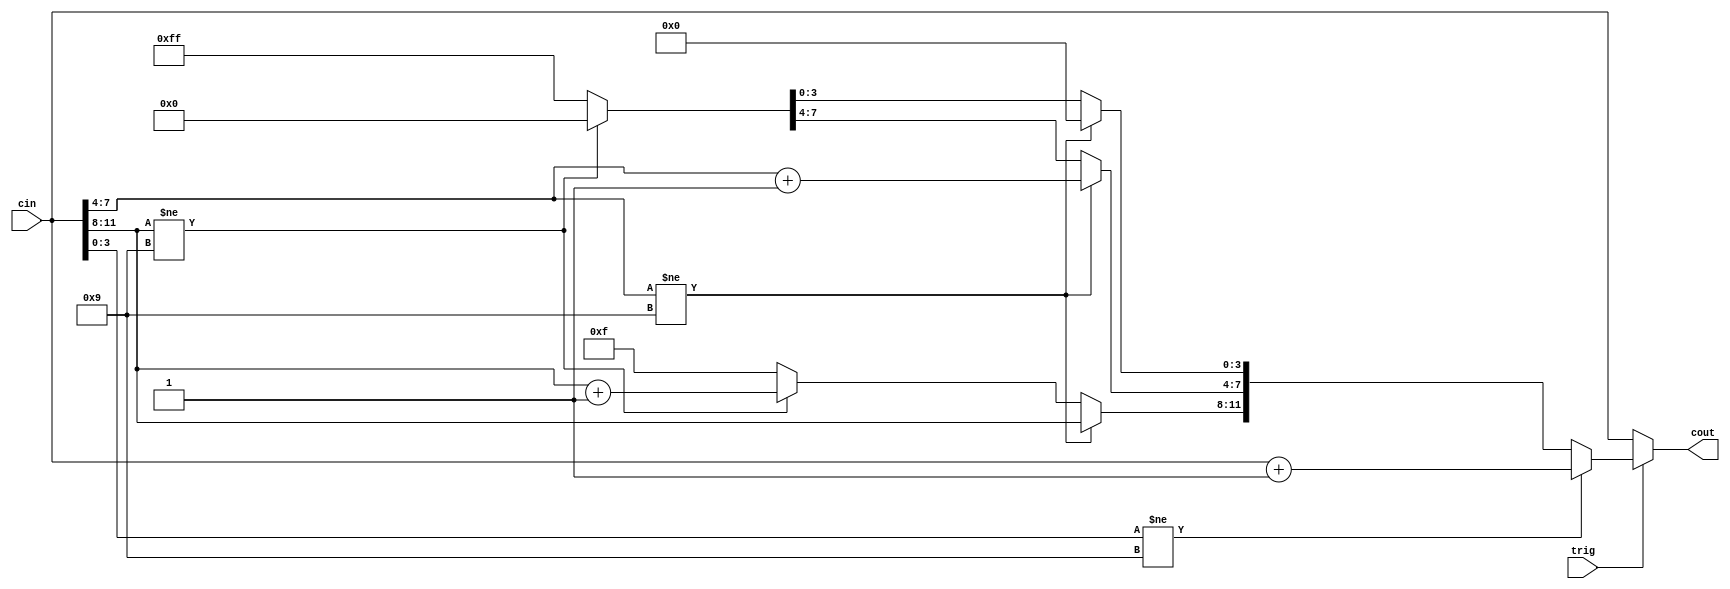
module BCD_adder(
    input trig,
    input [11:0] cin,
    output reg [11:0] cout
);
always @(*) begin
    if (!trig)
        cout = cin;
    else begin
        if (cin[3:0]!=9)
            cout = cin +1;
        else begin
            cout = cin;
            cout[3:0] = 4'b0;
            if (cin[7:4] !=9 )
                cout[7:4] = cin[7:4] +1;
            else begin
                cout [7:4] = 4'b0;
                if (cin[11:8] != 9)
                    cout [11:8] = cin[11:8] +1;
                else cout = 12'hfff;
            end
        end
    end
end
endmodule